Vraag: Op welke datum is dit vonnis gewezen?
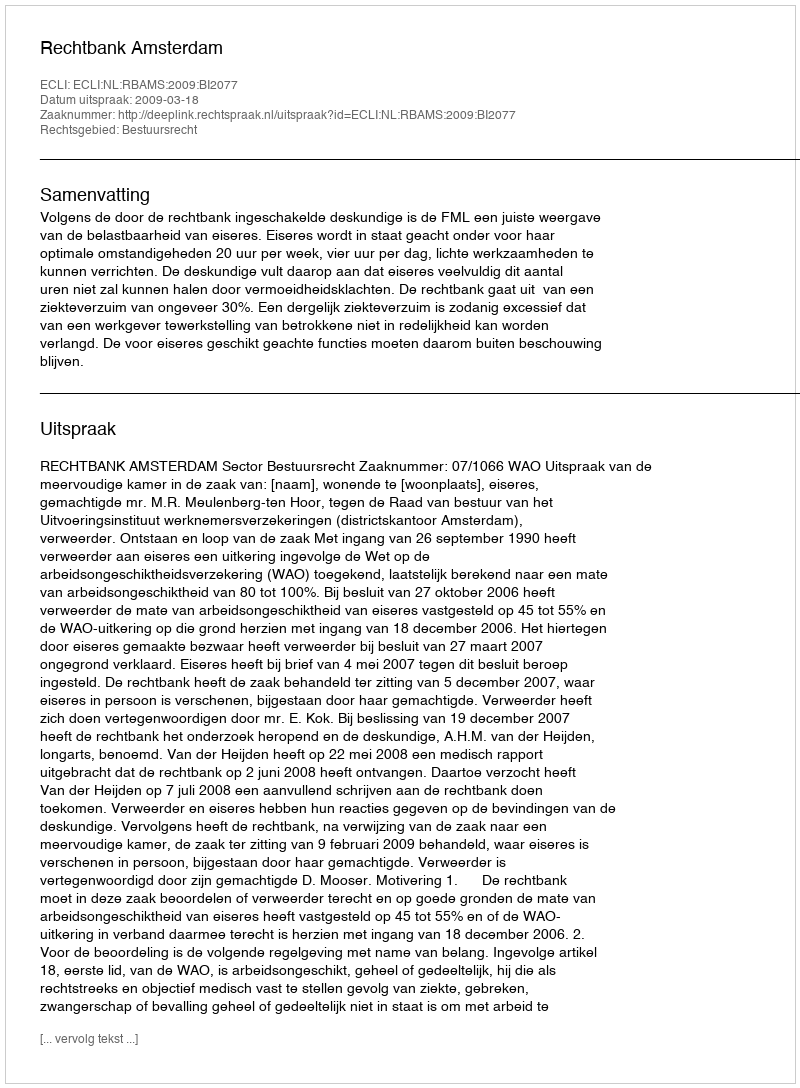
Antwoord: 2009-03-18